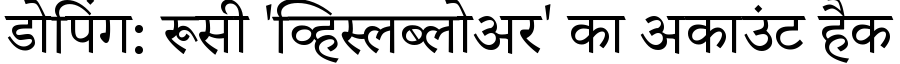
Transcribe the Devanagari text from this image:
डोपिंग: रूसी 'व्हिस्लब्लोअर' का अकाउंट हैक